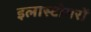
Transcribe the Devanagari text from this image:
इलास्टोमरों